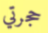
حجرتي